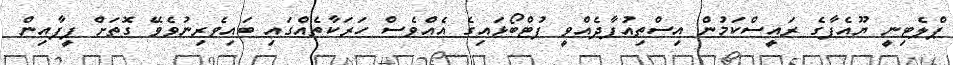
ޕްލެޓިނީ ޔޫއެފާގެ ރައީސްކަމުން އިސްތިއުފާދެއްވީ ފުޓްބޯޅައިގެ އެއްވެސް ހަރަކާތެއްގައި ބައިވެރިނުވެވޭ ގޮތަށް ފީފާއިން